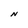
Character: N